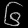
Digit: ၆